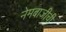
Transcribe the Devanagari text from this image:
नेमबाजीची